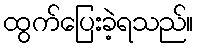
ထွက်ပြေးခဲ့ရသည်။